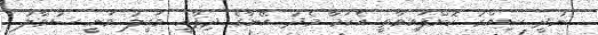
ނުދީ ސިއްރު ކޮށްފައިވާތީ އެކަމާ މެދު އޭނާގެ ދިފާއީ ވަކީލު ވަނީ ސުވާލު